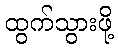
ထွက်သွားဖို့